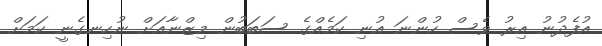
އުފެދުނު އިރު ވެސް ހުންނަ އުނި ކަމެއްގެ ސަބަބުން މިޒްނާއަށް ނުހިނގެނީ ކަމަށް